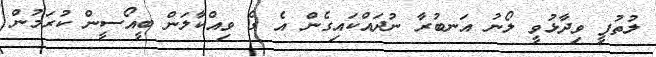
ލުތުފީ ވިދާޅުވީ ލޯނު އަނބުރާ ނުދައްކައިގެން އެ ގެ ވިއްކާލަން ބީއޯސީން ކުރަމުން